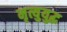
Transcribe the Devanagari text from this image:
मृत्युयुद्ध